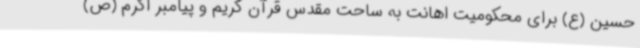
حسین (ع) برای محکومیت اهانت به ساحت مقدس قرآن کریم و پیامبر اکرم (ص)